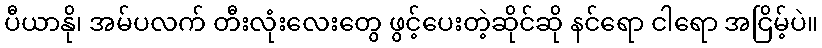
ပီယာနို၊ အမ်ပလက် တီးလုံးလေးတွေ ဖွင့်ပေးတဲ့ဆိုင်ဆို နင်ရော ငါရော အငြိမ့်ပဲ။